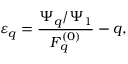
\varepsilon _ { q } = \frac { \Psi _ { q } / \Psi _ { 1 } } { F _ { q } ^ { ( 0 ) } } - q ,